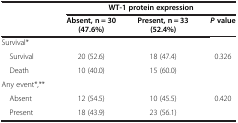
<table><thead><tr><td><b> </b></td><td colspan="3"><b>WT-1 protein expression</b></td></tr><tr><td><b> </b></td><td><b>Absent, n = 30 (47.6%)</b></td><td><b>Present, n = 33 (52.4%)</b></td><td><b><i>P </i>value</b></td></tr></thead><tbody><tr><td>Survival*</td><td> </td><td> </td><td> </td></tr><tr><td> Survival</td><td>20 (52.6)</td><td>18 (47.4)</td><td>0.326</td></tr><tr><td> Death</td><td>10 (40.0)</td><td>15 (60.0)</td><td> </td></tr><tr><td>Any event*,**</td><td> </td><td> </td><td> </td></tr><tr><td> Absent</td><td>12 (54.5)</td><td>10 (45.5)</td><td>0.420</td></tr><tr><td> Present</td><td>18 (43.9)</td><td>23 (56.1)</td><td> </td></tr></tbody></table>